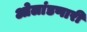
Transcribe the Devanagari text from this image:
ओलांडणारी